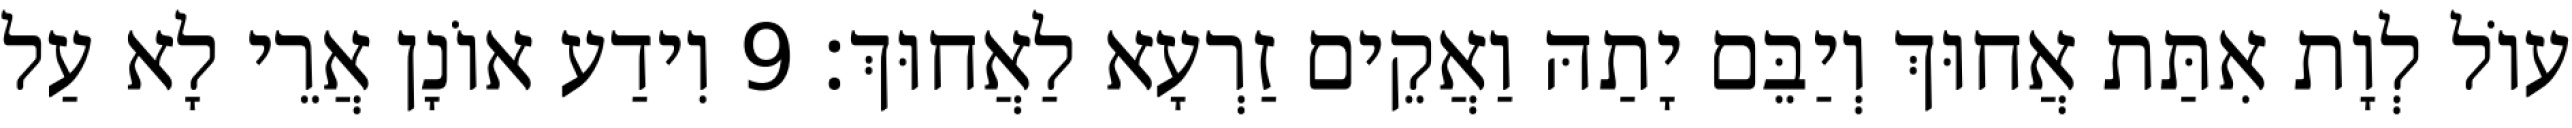
עוֹל לְוָת אִתַּת אֲחוּךְ וְיַבֵּם יָתַהּ וַאֲקֵים זַרְעָא לַאֲחוּךְ׃ 9 וִידַע אוֹנָן אֲרֵי לָא עַל